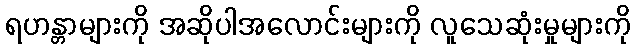
ရဟန္တာများကို အဆိုပါအလောင်းများကို လူသေဆုံးမှုများကို